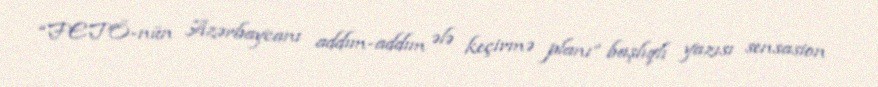
“FETÖ-nün Azərbaycanı addım-addım ələ keçirmə planı” başlıqlı yazısı sensasion